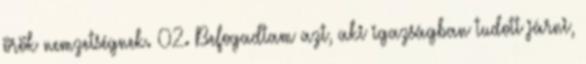
örök nemzetségnek. 02. Befogadtam azt, aki igazságban tudott járni,